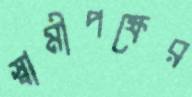
স্বামীপক্ষের